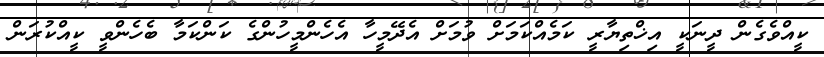
ކީއްވެގެން ދީނަކީ އިޚްތިޔާރީ ކަމެއްކަމަށް ވުމަށް އެދޭމީހާ އެހެންމީހުންގެ ކަންކަމާ ބެހެންވީ ކީއްކުރަން